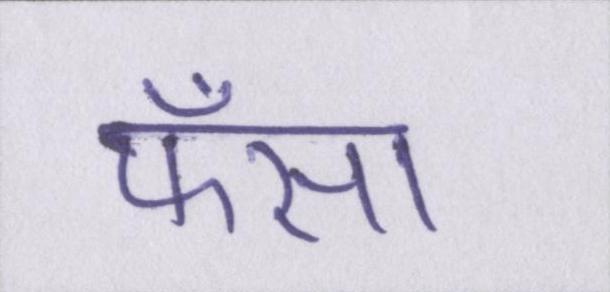
फँसा